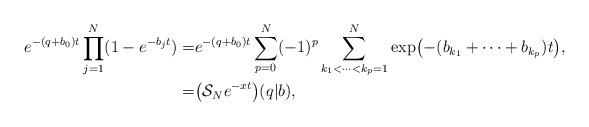
LaTeX: \begin{align*}e^{-(q+b_0) t}\prod\limits_{j=1}^N (1-e^{-b_j t}) = & e^{-(q+b_0) t}\sum\limits_{p=0}^N (-1)^p\sum\limits_{k_1<\cdots<k_p=1}^N\exp\bigl(-(b_{k_1}+\cdots+b_{k_p})t\bigr), \\ = & \bigl(\mathcal{S}_{N} e^{-xt}\bigr)(q|b), \end{align*}